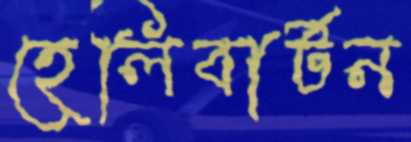
হেলিবার্টন